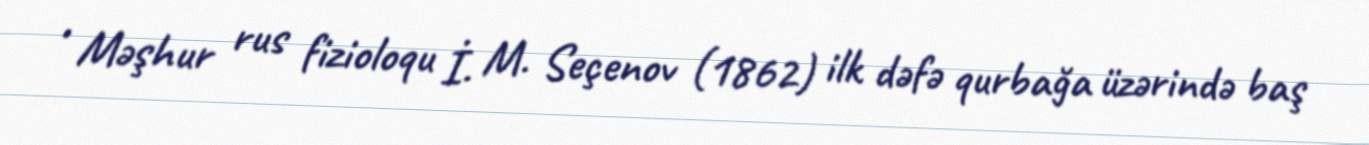
• Məşhur rus fizioloqu İ. M. Seçenov (1862) ilk dəfə qurbağa üzərində baş